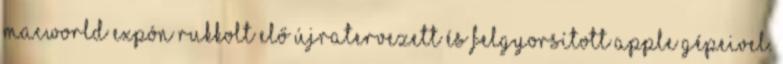
Macworld Expón rukkolt elő újratervezett és felgyorsított Apple gépeivel.